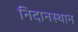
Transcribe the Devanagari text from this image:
निदानस्थान